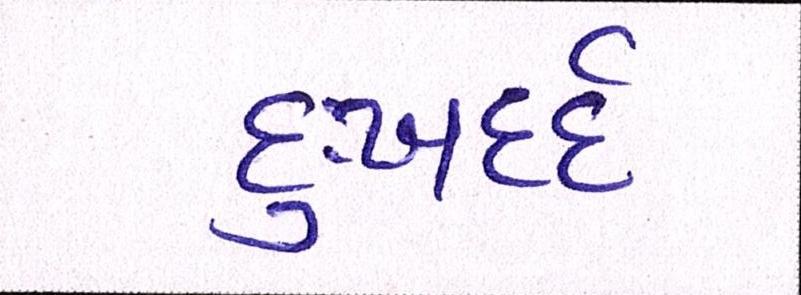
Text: દુઃખદર્દ